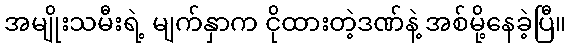
အမျိုးသမီးရဲ့ မျက်နှာက ငိုထားတဲ့ဒဏ်နဲ့ အစ်မို့နေခဲ့ပြီ။